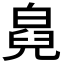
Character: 𤾇